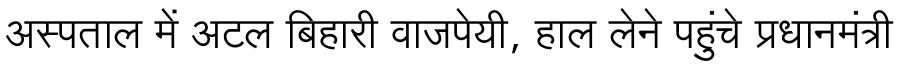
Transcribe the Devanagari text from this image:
अस्पताल में अटल बिहारी वाजपेयी, हाल लेने पहुंचे प्रधानमंत्री